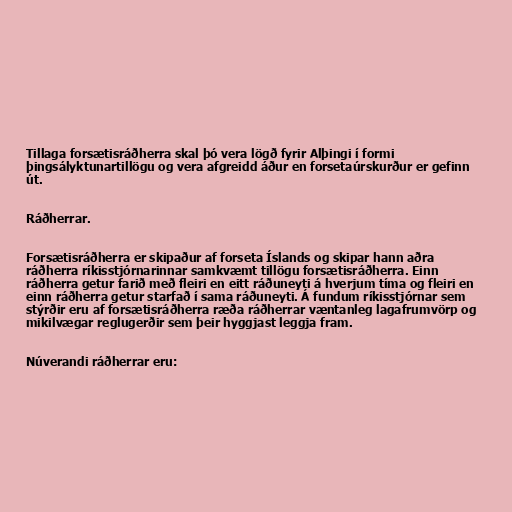
Tillaga forsætisráðherra skal þó vera lögð fyrir Alþingi í formi
þingsályktunartillögu og vera afgreidd áður en forsetaúrskurður er gefinn
út.

Ráðherrar.

Forsætisráðherra er skipaður af forseta Íslands og skipar hann aðra
ráðherra ríkisstjórnarinnar samkvæmt tillögu forsætisráðherra. Einn
ráðherra getur farið með fleiri en eitt ráðuneyti á hverjum tíma og fleiri en
einn ráðherra getur starfað í sama ráðuneyti. Á fundum ríkisstjórnar sem
stýrðir eru af forsætisráðherra ræða ráðherrar væntanleg lagafrumvörp og
mikilvægar reglugerðir sem þeir hyggjast leggja fram.

Núverandi ráðherrar eru: